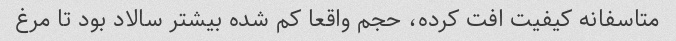
متاسفانه کیفیت افت کرده، حجم واقعا کم شده بیشتر سالاد بود تا مرغ